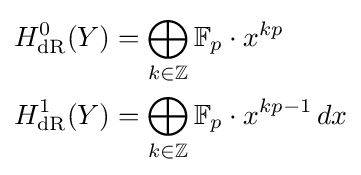
{\begin{aligned}H_{\text{dR}}^{0}(Y)&=\bigoplus _{k\in \mathbb {Z} }\mathbb {F} _{p}\cdot x^{kp}\\H_{\text{dR}}^{1}(Y)&=\bigoplus _{k\in \mathbb {Z} }\mathbb {F} _{p}\cdot x^{kp-1}\,dx\end{aligned}}